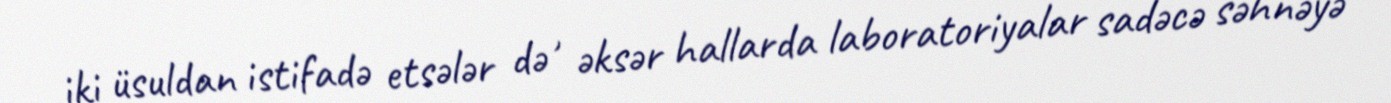
iki üsuldan istifadə etsələr də , əksər hallarda laboratoriyalar sadəcə səhnəyə